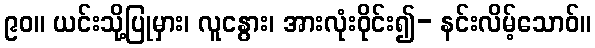
၉၀။ ယင်းသို့ပြုမှား၊ လူငနွား၊ အားလုံးဝိုင်း၍- နင်းလိမ့်သောဝ်။